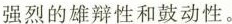
强烈的雄辩性和鼓动性。